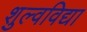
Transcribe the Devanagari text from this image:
शुल्वविद्या